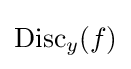
\operatorname {Disc} _{y}(f)